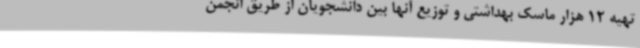
تهیه 12 هزار ماسک بهداشتی و توزیع آنها بین دانشجویان از طریق انجمن